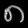
Digit: ၈